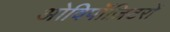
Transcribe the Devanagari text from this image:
ओविपॉज़िटरों